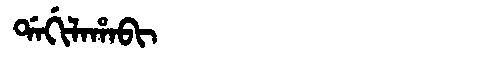
Manchu: ᡩᠠᡤᡳᠯᠠᡥᠠᠪᡳ
Romanization: DAGILAHABI